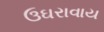
ઉઘરાવાય